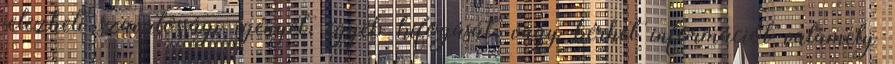
jelezheti szavatossági igényét, egyéb kifogását, vagy kérhet információt valamely